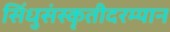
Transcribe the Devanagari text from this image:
सिंधुसंस्कृतीदरम्यान